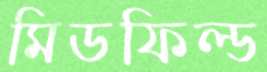
মিডফিল্ড